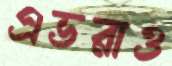
এভরাও